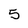
Character: 5